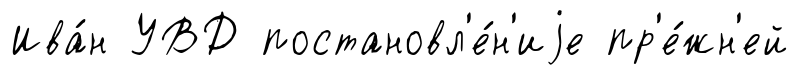
Ива́н УВД постановл'е́н'иjе пр'е́жн'ей